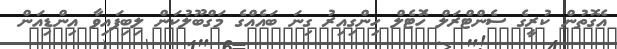
އެގޮތުން ކުރީގެ ސެންޓްރަލް ހޮަޓެލް ހިންގިއިރު ގިނަ ބައެއްގެ މަގްބޫލުކަން ލިބިފައިވާ އިންޑިއަން